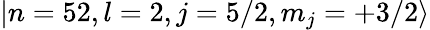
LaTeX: {\left|n=52,l=2,j=5/2,m_{j}=+3/2\right\rangle}